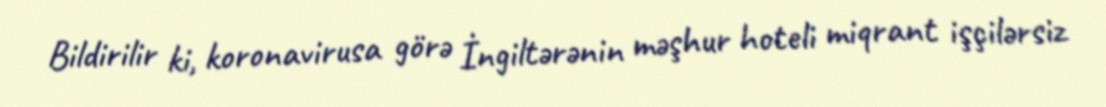
Bildirilir ki, koronavirusa görə İngiltərənin məşhur hoteli miqrant işçilərsiz